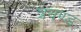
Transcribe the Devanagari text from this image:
त्रयण्ड